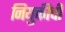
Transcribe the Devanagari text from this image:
नियुक्तीची